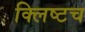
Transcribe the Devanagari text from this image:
क्लिष्टच